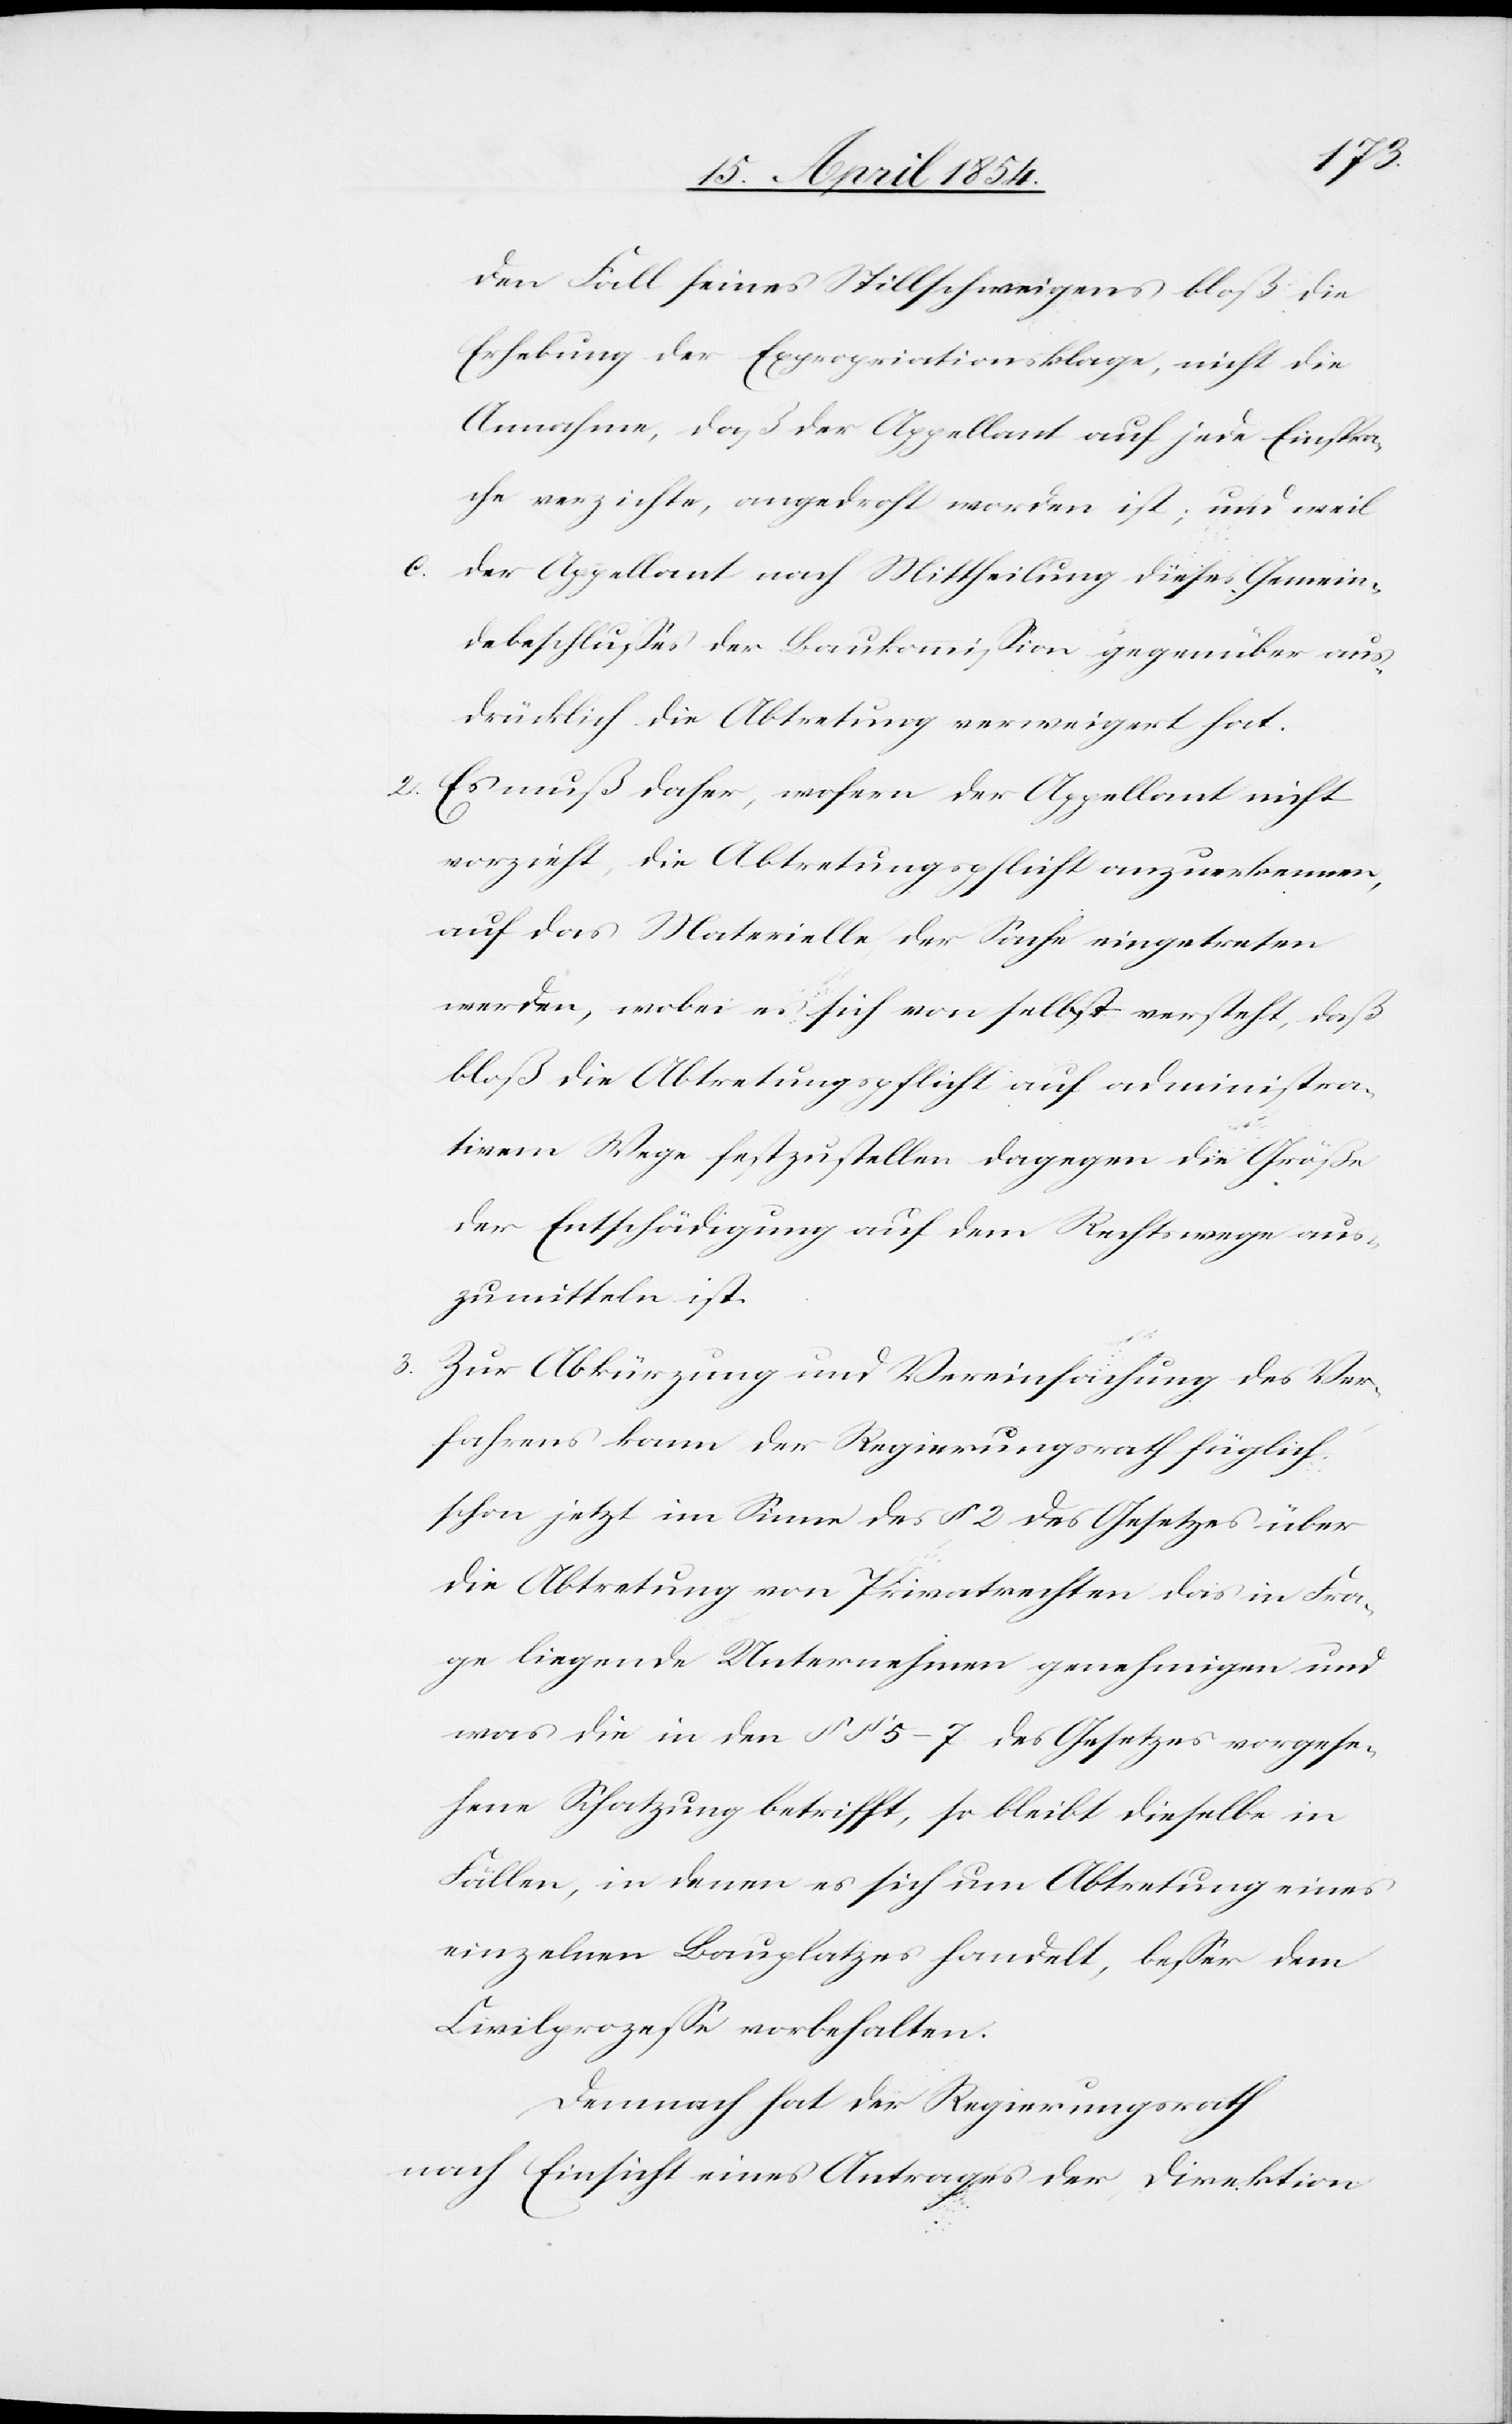
3.

den Fall seines Stillschweigens bloß die
Erhebung der Expropriationsklage, nicht die
Annahme, daß der Appellant auf jede Einspra¬
che verzichte, angedroht worden ist; und weil
c. der Appellant nach Mittheilung dieses Gemein¬
dbeschlußes der Baukommißion gegenüber aus¬
drücklich die Abtretung verweigert hat.
2. Es muss daher, wofern der Appellant nicht
vorzieht, die Abtretungsplicht anzuerkennen,
auf das Materielle der Sache eingetreten
werden, wobei es sich von selbst versteht, daß
bloß die Abtretungspflicht auf administra¬
tivem Wege festzustellen dagegen die Größe
der Entschädigung auf dem Rechtswege aus¬
zumitteln ist.
Zur Abkürzung und Vereinfachung des Ver¬
fahrens kann der Regierungsrath füglich
schon jetzt im Sinne des § 2 des Gesetzes über
die Abtretung von Privatrechten das in Fra¬
ge liegende Unternehmen genehmigen und
was die in den § § 5–7 des Gesetzes vorgese¬
hene Schatzung betrifft, so bleibt dieselbe in
Fällen, in denen es sich um Abtretung eines
einzelnen Bauplatzes handelt, beßer dem
Civilprozeße vorbehalten.
Demnach hat der Regierungsrath
nach Einsicht eines Antrages der Direktion